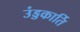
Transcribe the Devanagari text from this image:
उंड्डकार्ति